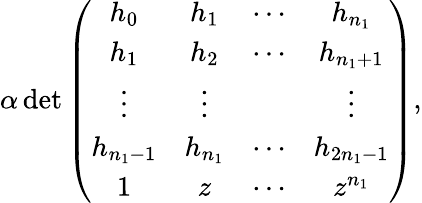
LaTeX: \begin{array}{r}{\alpha\det\left(\begin{array}{cccc}{h_{0}}&{h_{1}}&{\cdots}&{h_{n_{1}}}\\ {h_{1}}&{h_{2}}&{\cdots}&{h_{n_{1}+1}}\\ {\vdots}&{\vdots}&&{\vdots}\\ {h_{n_{1}-1}}&{h_{n_{1}}}&{\cdots}&{h_{2n_{1}-1}}\\ {1}&{z}&{\cdots}&{z^{n_{1}}}\end{array}\right),}\end{array}